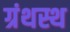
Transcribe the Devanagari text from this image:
ग्रंथस्थ